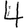
Digit: 4